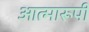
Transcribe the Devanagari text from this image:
आत्मारूपी